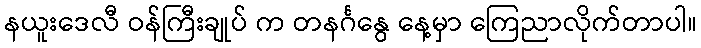
နယူးဒေလီ ဝန်ကြီးချုပ် က တနင်္ဂနွေ နေ့မှာ ကြေညာလိုက်တာပါ။